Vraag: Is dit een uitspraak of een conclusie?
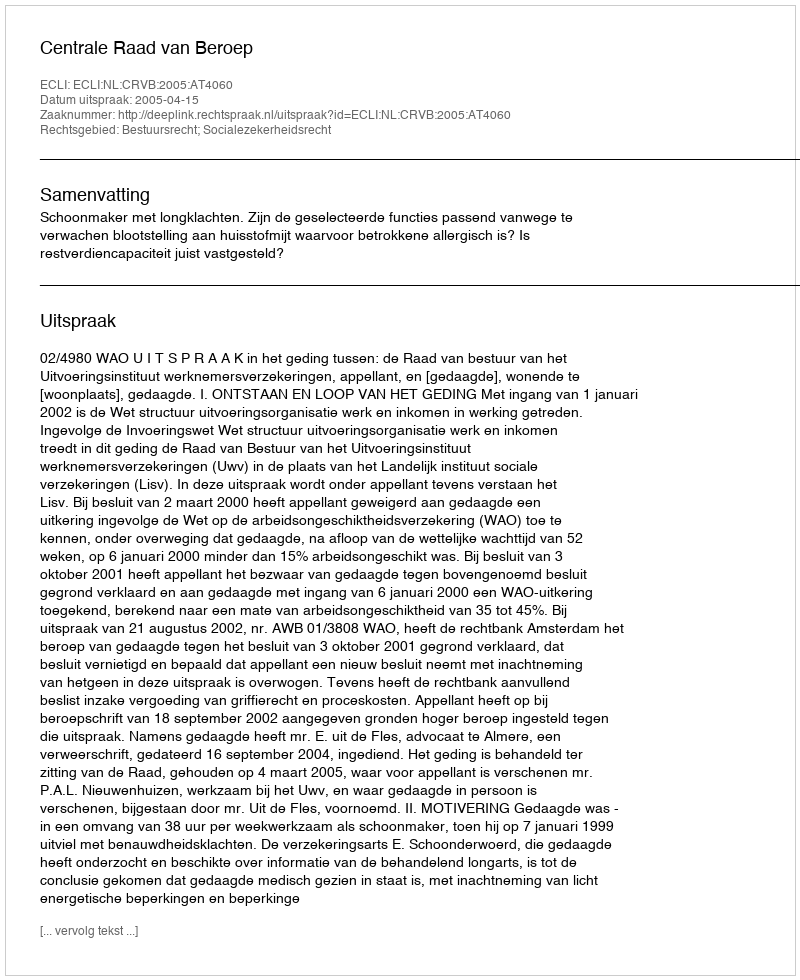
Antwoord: Uitspraak